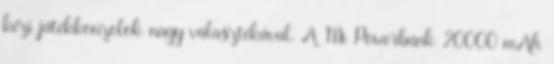
kézi játékkonzolok nagy választékával. A Mi Powerbank 20000 mAh